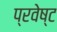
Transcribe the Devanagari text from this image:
प्रवेष्ट